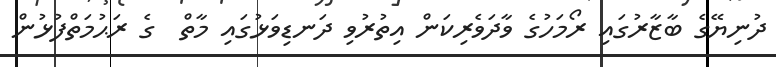
ދުނިޔޭގެ ބާޒާރުގައި ރޯމަހުގެ ވާދަވެރިކަން އިތުރުވި ދަނޑިވަޅުގައި މާތް  ގެ ރަޙުމަތްފުޅުން